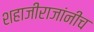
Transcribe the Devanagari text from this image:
शहाजीराजांनीच